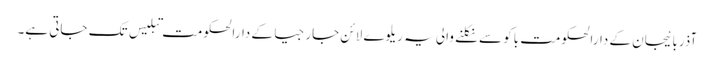
آذربائیجان کے دارالحکومت باکو سے نکلنے والی یہ ریلوے لائن جارجیا کے دارالحکومت تبلیس تک جاتی ہے۔